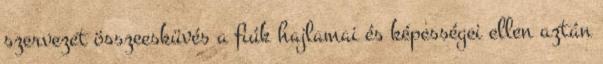
szervezet összeesküvés a fiúk hajlamai és képességei ellen aztán